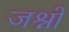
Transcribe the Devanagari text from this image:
जश्नों